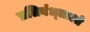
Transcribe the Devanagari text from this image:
प्रतिबंध्ताओ